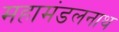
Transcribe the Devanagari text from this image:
महामंडलनाथ